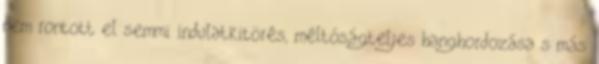
nem rontott el semmi indulatkitörés, méltóságteljes hanghordozása s más